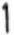
1